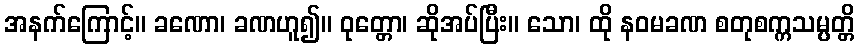
အနက်ကြောင့်။ ခဏော၊ ခဏဟူ၍။ ဝုတ္တော၊ ဆိုအပ်ပြီး။ သော၊ ထို နဝမခဏ စတုစက္ကသမ္ပတ္တိ